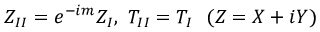
Z _ { I I } = e ^ { - i m } Z _ { I } , \ T _ { I I } = T _ { I } \ \ ( Z = X + i Y )